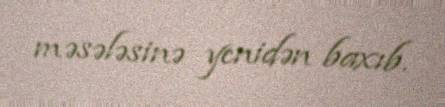
məsələsinə yenidən baxıb.